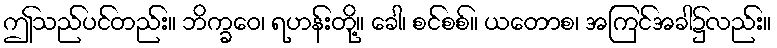
ဤသည်ပင်တည်း။ ဘိက္ခဝေ၊ ရဟန်းတို့။ ခေါ၊ စင်စစ်။ ယတောစ၊ အကြင်အခါ၌လည်း။